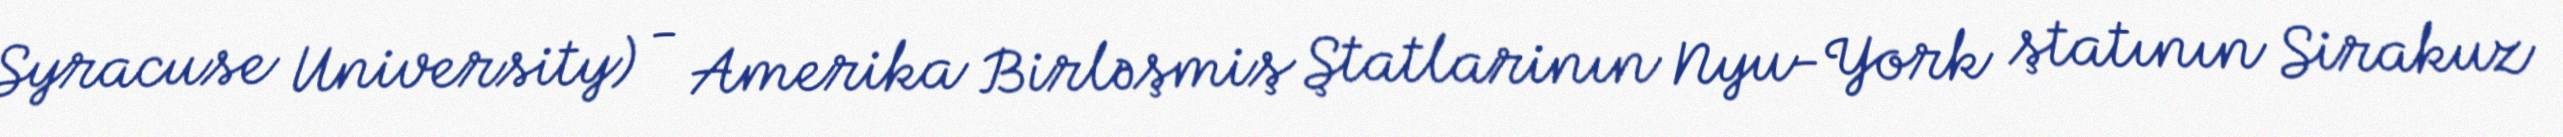
Syracuse University) - Amerika Birləşmiş Ştatlarinın Nyu-York ştatının Sirakuz